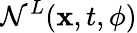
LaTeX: \mathcal{N}^{L}({\mathbf x},t,{\mathbf\phi})